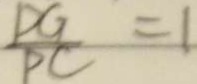
\frac { D G } { P C } = 1